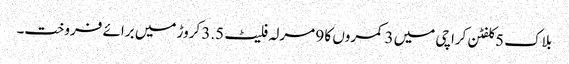
بلاک 5 کلفٹن کراچی میں 3 کمروں کا 9 مرلہ فلیٹ 3.5 کروڑ میں برائے فروخت۔